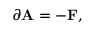
\partial \mathbf { A } = - \mathbf { F } ,